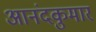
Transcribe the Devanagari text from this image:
आनंदकुमार